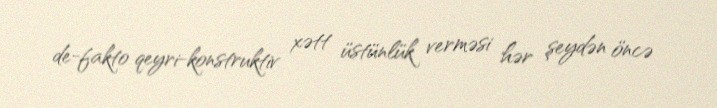
de-fakto qeyri-konstruktiv xətt üstünlük verməsi hər şeydən öncə